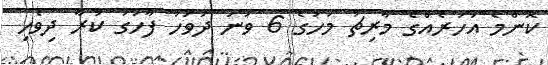
ކޮންމެ އަހަރެއްގެ މާރިޗު މަހުގެ 6 ވަނަ ދުވަހު ފާހަގަ ކުރާ ދިވެހި